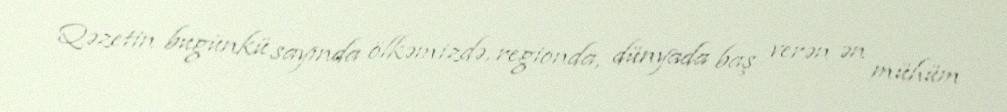
Qəzetin bugünkü sayında ölkəmizdə, regionda, dünyada baş verən ən mühüm